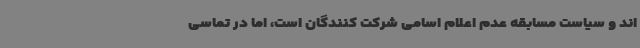
اند و سیاست مسابقه عدم اعلام اسامی شرکت کنندگان است، اما در تماسی